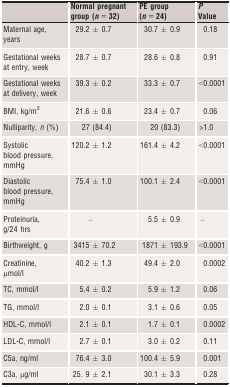
|  | Normal pregnant group (n = 32) | PE group (n = 24) | P Value |
 | --- | --- | --- | --- |
 | Maternal age, years | 29.2 ± 0.7 | 30.7 ± 0.9 | 0.18 |
 | Gestational weeks at entry, week | 28.7 ± 0.7 | 28.6 ± 0.8 | 0.91 |
 | Gestational weeks at delivery, week | 39.3 ± 0.2 | 33.3 ± 0.7 | <0.0001 |
 | BMI, kg/m2 | 21.6 ± 0.6 | 23.4 ± 0.7 | 0.06 |
 | Nulliparity, n (%) | 27 (84.4) | 20 (83.3) | >1.0 |
 | Systolic blood pressure, mmHg | 120.2 ± 1.2 | 161.4 ± 4.2 | <0.0001 |
 | Diastolic blood pressure, mmHg | 75.4 ± 1.0 | 100.1 ± 2.4 | <0.0001 |
 | Proteinuria, g/24 hrs | – | 5.5 ± 0.9 | – |
 | Birthweight, g | 3415 ± 70.2 | 1871 ± 193.9 | <0.0001 |
 | Creatinine, μmol/l | 40.2 ± 1.3 | 49.4 ± 2.0 | 0.0002 |
 | TC, mmol/l | 5.4 ± 0.2 | 5.9 ± 1.2 | 0.06 |
 | TG, mmol/l | 2.0 ± 0.1 | 3.1 ± 0.6 | 0.05 |
 | HDL‐C, mmol/l | 2.1 ± 0.1 | 1.7 ± 0.1 | 0.0002 |
 | LDL‐C, mmol/l | 2.7 ± 0.1 | 3.0 ± 0.2 | 0.11 |
 | C5a, ng/ml | 76.4 ± 3.0 | 100.4 ± 5.9 | 0.001 |
 | C3a, μg/ml | 25. 9 ± 2.1 | 30.1 ± 3.3 | 0.28 |